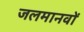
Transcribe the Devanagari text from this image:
जलमानवों